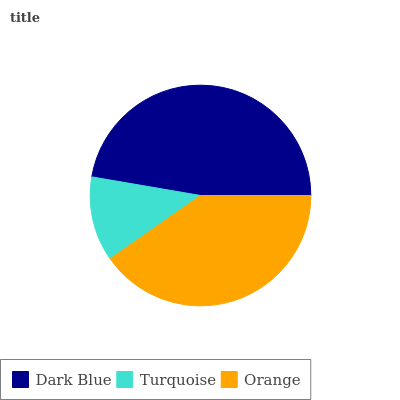
| Dark Blue | Turquoise | Orange |
 | --- | --- | --- |
 | 47.3% | 12.4% | 40.3% |